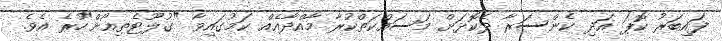
ފައިބަރު ކޮޕަ އަދި ކެންސަރާ ދެކޮޅަށް މަސައްކަތްކުރާ މާއްދާއެއް ކަމުގައިވާ "ގުލޫޓެތިއޯން"ހުރެ އެވެ.